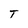
Character: T